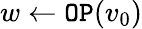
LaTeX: w\leftarrow\texttt{OP}(v_{0})